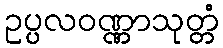
ဥပ္ပလဝဏ္ဏာသုတ္တံ